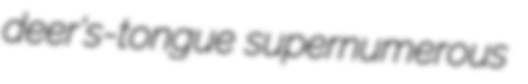
deer's-tongue supernumerous